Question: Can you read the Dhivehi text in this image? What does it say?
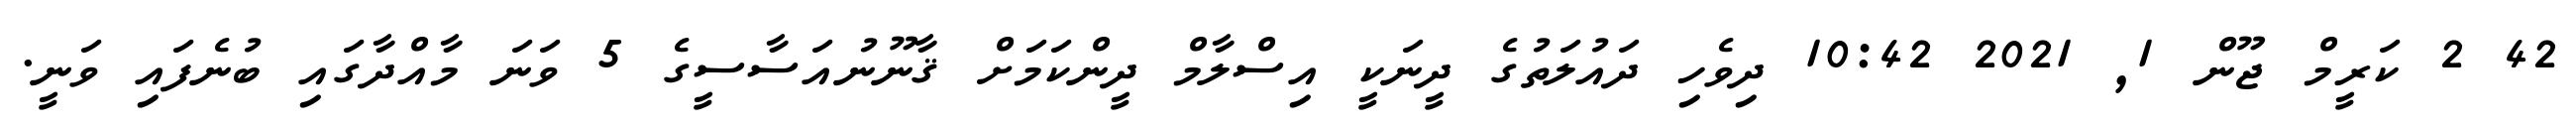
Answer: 42 2 ކަރީމް ޖޫން 1, 2021 10:42 ދިވެހި ދައުލަތުގެ ދީނަކީ އިސްލާމް ދީންކަމަށް ޤާނޫނުއަސާސީގެ 5 ވަނަ މާއްދާގައި ބުނެފައި ވަނީ.